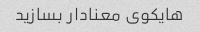
هایکوی معنادار بسازید